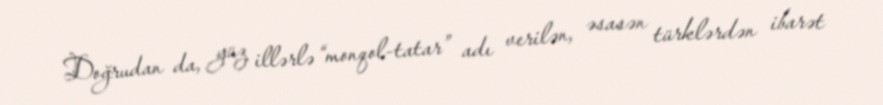
Doğrudan da, yüz illərlə “monqol-tatar” adı verilən, əsasən türklərdən ibarət